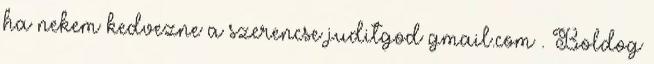
ha nekem kedvezne a szerencse juditgod gmail.com . Boldog